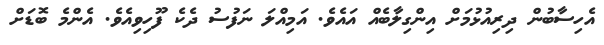
އެހިސާބުން ދިރިއުޅުމަށް އިންގިލާބެއް އައެވެ. އަމިއްލަ ނަފުސު ދެކެ ފޫހިވިއެވެ. އެންމެ ބޮޑަށް